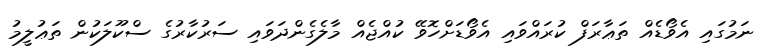
ނަމުގައި އެވޯޑެއް ތަޢާރަފް ކުރައްވައި އެވޯޑަށްހޮވޭ ކުއްޖެއް މާލެގެންދަވައި ސަރުކާރުގެ ސްކޫލަކުން ތަޢުލީމު